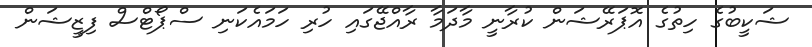
ޝަކީބުގެ ހިތުގެ އޮޕަރޭޝަން ކުރާނީ މާދަމާ ރާއްޖޭގައި ހުރި ހަމައެކަނި ސްޕޯޓްސް ފިޒީޝަން